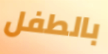
بالطفل